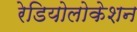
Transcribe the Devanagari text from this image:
रेडियोलोकेशन